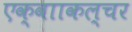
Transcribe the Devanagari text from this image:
एक्वााकल्चर